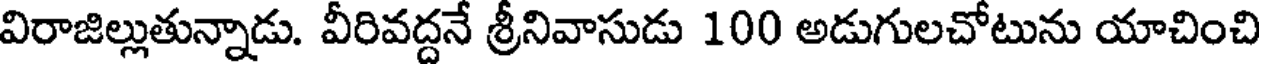
విరాజిల్లుతున్నాడు. వీరివద్దనే శ్రీనివాసుడు 100 అడుగులచోటును యాచించి